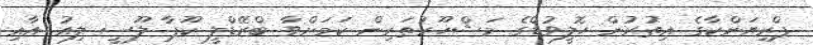
ޕްރިޔަންކާގެ އިތުރުން ހޮލީވުޑްގެ މަޝްހޫރުތަރިން ކަމަށްވާ ބްރޭޑްލީ ކޫޕާ ލޫސީ ލިއު އާއި